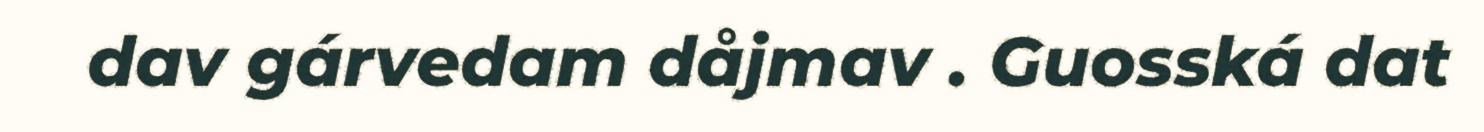
dav gárvedam dåjmav . Guosská dat